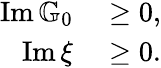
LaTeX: \begin{array}{rl}{\operatorname{Im}\mathbb{G}_{0}}&{{}\geq 0,}\\ {\operatorname{Im}\xi}&{{}\geq 0.}\end{array}